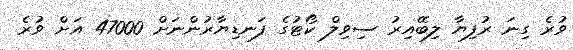
ވުރެ ގިނަ ރުފިޔާ ލިބޭއިރު ސިވިލް ކޯޓުގެ ފަނޑިޔާރުންނަށް 47000 އަށް ވުރެ